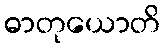
ဓာတုယောတိ